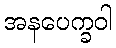
အနပေက္ခဝါ